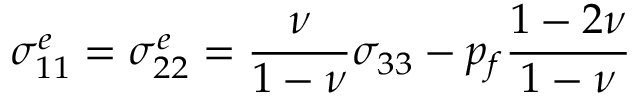
\sigma _ { 1 1 } ^ { e } = \sigma _ { 2 2 } ^ { e } = \frac { \nu } { 1 - \nu } \sigma _ { 3 3 } - p _ { f } \frac { 1 - 2 \nu } { 1 - \nu }